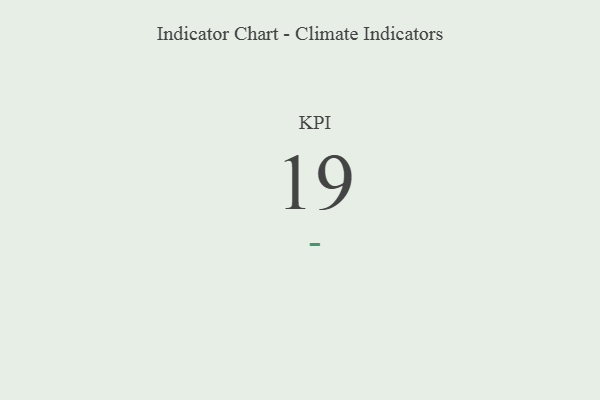
{"axis": {"x": "KPI", "y": "Value"}, "legend": [""], "data": [{"x": "KPI", "y": 19, "type": ""}]}